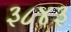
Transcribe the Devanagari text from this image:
३८४३